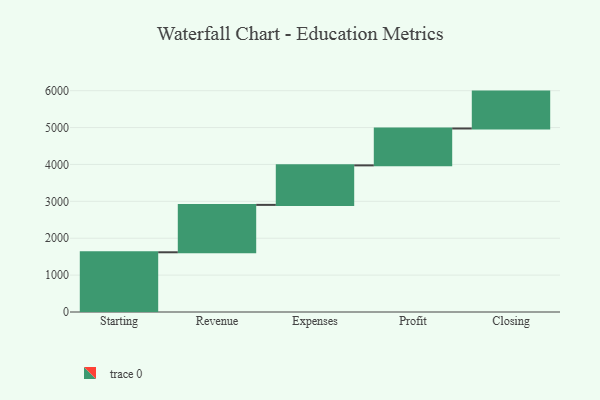
{"axis": {"x": "Step", "y": "Value"}, "legend": [""], "data": [{"x": "Starting", "y": 1619.0, "type": ""}, {"x": "Revenue", "y": 1285.0, "type": ""}, {"x": "Expenses", "y": 1071.0, "type": ""}, {"x": "Profit", "y": 1000, "type": ""}, {"x": "Closing", "y": 1000, "type": ""}]}